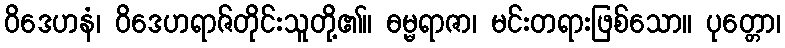
ဝိဒေဟနံ၊ ဝိဒေဟရာဇ်တိုင်းသူတို့၏။ ဓမ္မရာဇာ၊ မင်းတရားဖြစ်သော။ ပုတ္တော၊